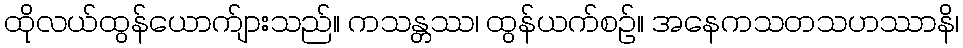
ထိုလယ်ထွန်ယောက်ျားသည်။ ကသန္တဿ၊ ထွန်ယက်စဉ်။ အနေကသတသဟဿာနိ၊